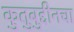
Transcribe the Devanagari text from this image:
कुतुबुद्दीनचा